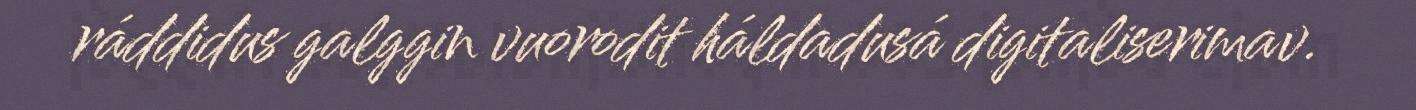
ráddidus galggin vuorodit háldadusá digitaliserimav.